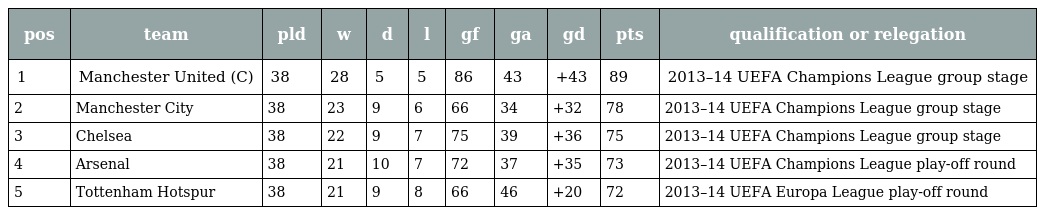
| pos | team | pld | w | d | l | gf | ga | gd | pts | qualification or relegation |
 | --- | --- | --- | --- | --- | --- | --- | --- | --- | --- | --- |
 | 1 | Manchester United (C) | 38 | 28 | 5 | 5 | 86 | 43 | +43 | 89 | 2013–14 UEFA Champions League group stage |
 | 2 | Manchester City | 38 | 23 | 9 | 6 | 66 | 34 | +32 | 78 | 2013–14 UEFA Champions League group stage |
 | 3 | Chelsea | 38 | 22 | 9 | 7 | 75 | 39 | +36 | 75 | 2013–14 UEFA Champions League group stage |
 | 4 | Arsenal | 38 | 21 | 10 | 7 | 72 | 37 | +35 | 73 | 2013–14 UEFA Champions League play-off round |
 | 5 | Tottenham Hotspur | 38 | 21 | 9 | 8 | 66 | 46 | +20 | 72 | 2013–14 UEFA Europa League play-off round |